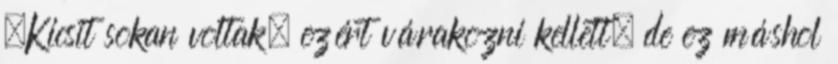
„Kicsit sokan voltak, ezért várakozni kellett, de ez máshol